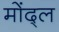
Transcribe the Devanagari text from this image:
मोंद्ल